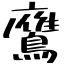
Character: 鷹